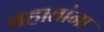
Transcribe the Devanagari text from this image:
वहातांना